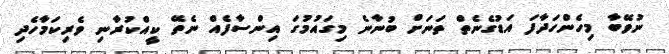
ނުވޭބާ މިހެންހަދާފަ އަޑުގެނެތް ތަނަށް ބުނާނެ މިގައުމުގަ އިންސާފެއް ނެތޭ ކީއްކުރާނި ވެރިކަމާހެދި